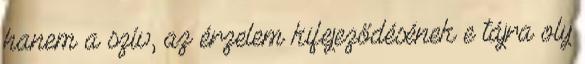
hanem a szív, az érzelem kifejeződésének e tájra oly